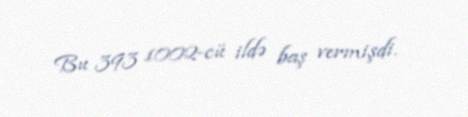
Bu 393 1002-cü ildə baş vermişdi.